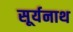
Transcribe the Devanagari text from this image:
सूर्यनाथ